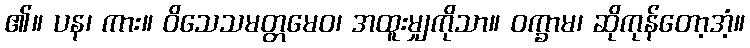
၏။ ပန၊ ကား။ ဝိသေသမတ္တမေဝ၊ အထူးမျှကိုသာ။ ဝက္ခာမ၊ ဆိုကုန်တော့အံ့။